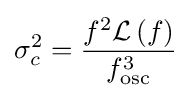
\sigma _{c}^{2}={\frac {f^{2}{\mathcal {L}}\left(f\right)}{f_{\text{osc}}^{3}}}